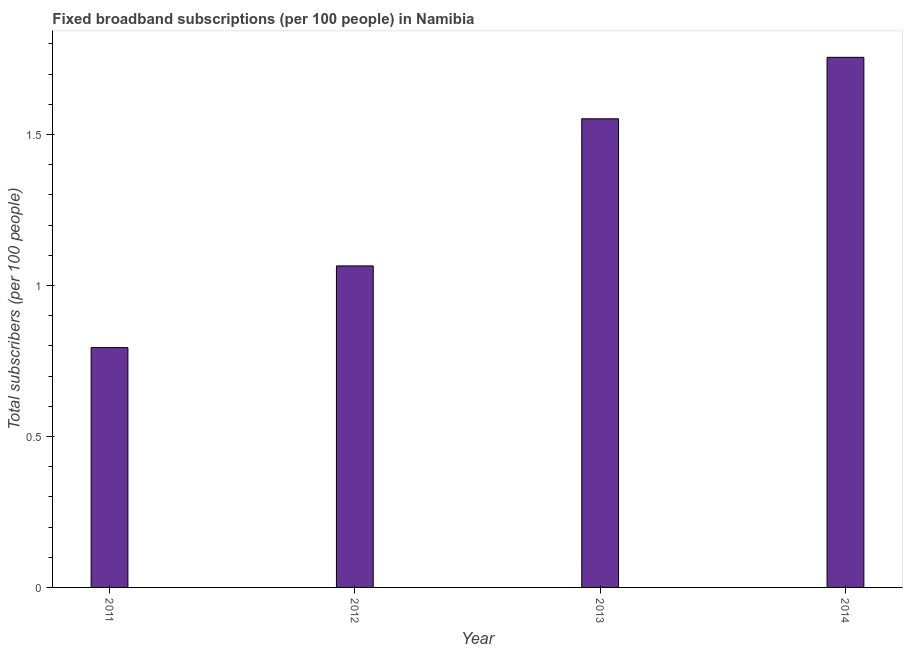
| Year | Fixed broadband subscriptions (per 100 people) |
 | --- | --- |
 | 2011 | 0.794 |
 | 2012 | 1.06 |
 | 2013 | 1.55 |
 | 2014 | 1.76 |